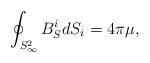
LaTeX: \begin{align*}\oint _{S^2_{\infty}} B^i_S dS_i = 4 \pi \mu,\end{align*}